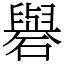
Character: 礜